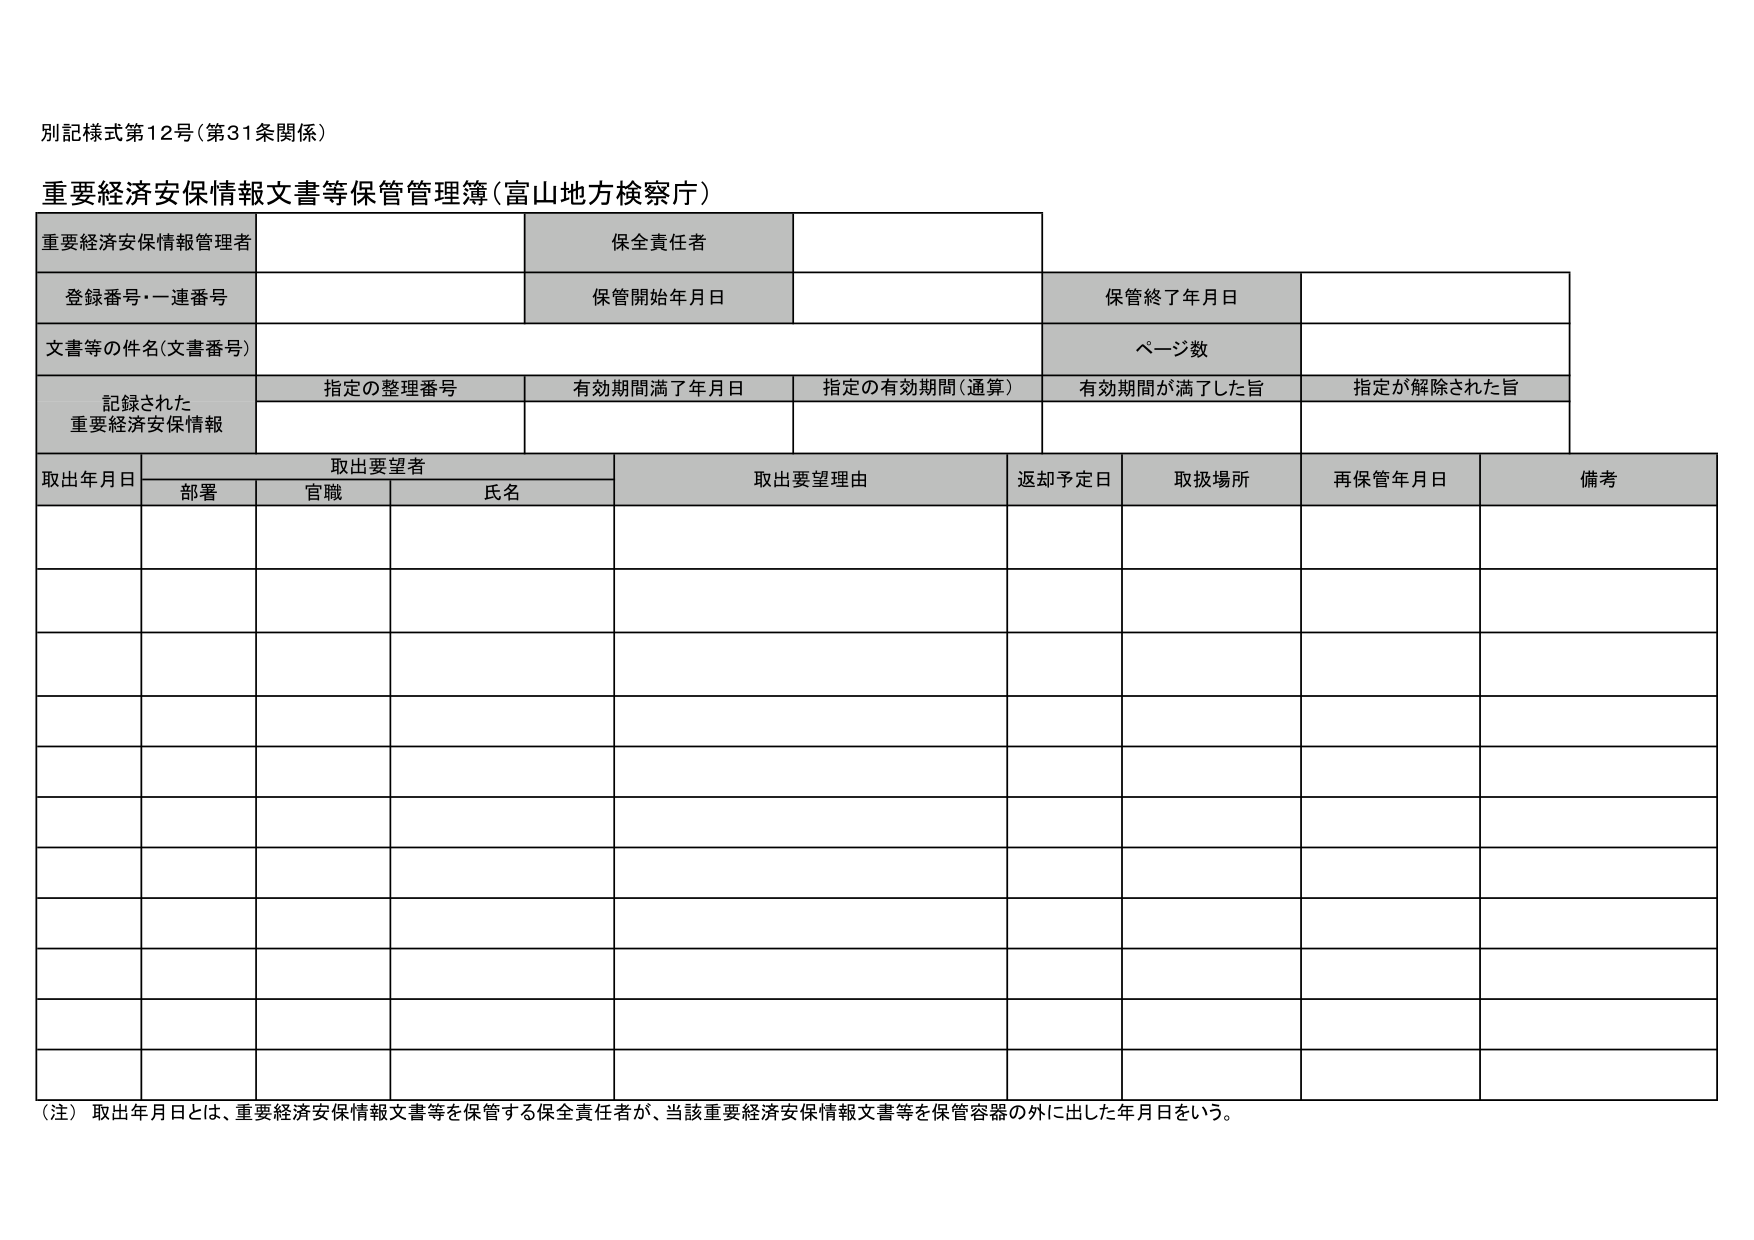
別記様式第12号（第31条関係）

重要経済安保情報文書等保管管理簿（富山地方検察庁）

重要経済安保情報管理者
保全責任者

登録番号・一連番号
保管開始年月日
保管終了年月日

文書等の件名（文書番号）
ページ数

記録された
重要経済安保情報
指定の整理番号
有効期間満了年月日
指定の有効期間（通算）
有効期間が満了した旨
指定が解除された旨

取出年月日
取出要望者
取出要望理由
返却予定日
取扱場所
再保管年月日
備考
部署
官職
氏名

（注）取出年月日とは、重要経済安保情報文書等を保管する保全責任者が、当該重要経済安保情報文書等を保管容器の外に出した年月日をいう。